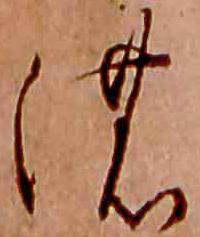
の